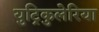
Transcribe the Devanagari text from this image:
युट्रिकुलेरिया